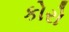
કોરો